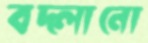
বদ্‌লানো